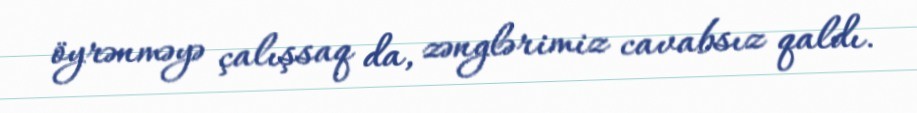
öyrənməyə çalışsaq da, zənglərimiz cavabsız qaldı.